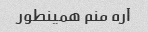
آره منم همینطور